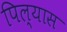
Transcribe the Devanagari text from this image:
पिल्यास